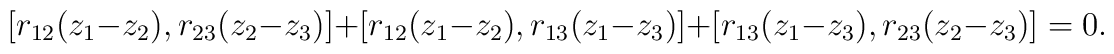
[r_{12}(z_1-z_2),r_{23}(z_2-z_3)]+[r_{12}(z_1-z_2),r_{13}(z_1-z_3)]+[r_{13}(z_1-z_3),r_{23}(z_2-z_3)]=0.